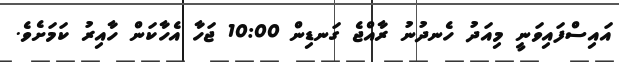
އައިސްފައިވަނީ މިއަދު ހެނދުނު ރާއްޖެ ގަނޑިން 10:00 ޖަހާ އެހާކަން ހާއިރު ކަމަށެވެ.